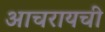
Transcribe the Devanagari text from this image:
आचरायची